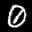
Label: 0